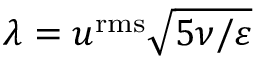
\lambda = { { u } ^ { \mathrm { { r m s } } } } \sqrt { 5 \nu / \varepsilon }